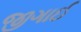
જીગાઈ